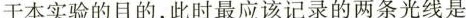
于本实验的目的，此时最应该记录的两条光线是